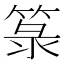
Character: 箓